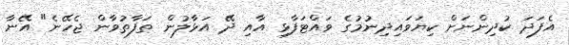
އެފަދަ ކުދިންނަށް ކިޔަވައިދިނުމުގެ ވައްޓަފާޅި އާއި ދޭ އަޅާލުން ތަފާތުވާން ޖެހޭނެ" އޭނާ